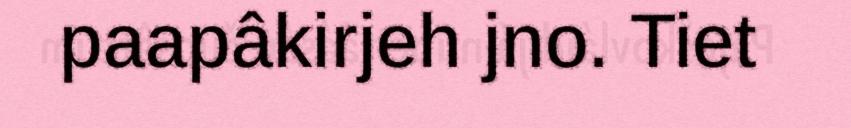
paapâkirjeh jno. Tiet